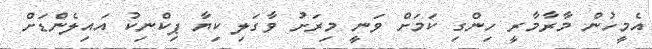
އެމީހުން މާރާމާރީ ހިންގި ކަމަށް ވަނީ މިރަށު ވާގަލި ކިޔާ ޕިކްނިކު އައިލެންޑަށް